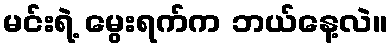
မင်းရဲ့ မွေးရက်က ဘယ်နေ့လဲ။